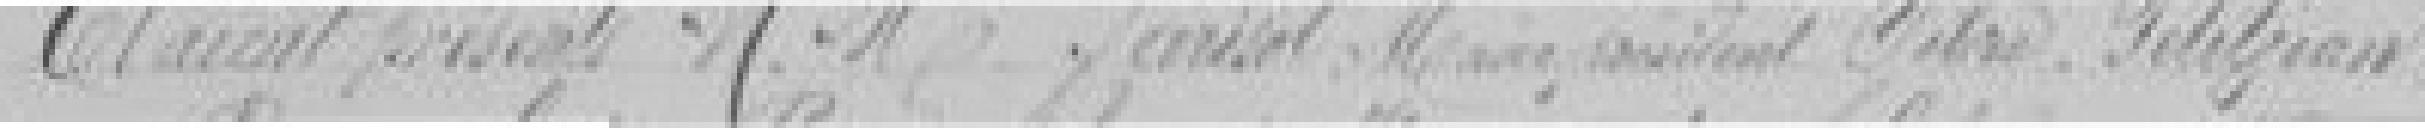
Etaient présents Messieurs PARISOT, MAIRE, VOILAND, SIBRE, PETITJEAN